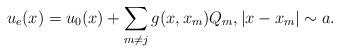
LaTeX: \begin{align*} u_e(x)=u_0(x) +\sum_{m\neq j} g(x,x_m)Q_m, |x-x_m|\sim a.\end{align*}